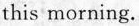
this morning.